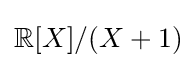
\mathbb {R} [X]/(X+1)